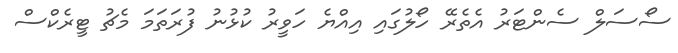
ސޯސަލް ސެންޓަރު އެތެރޭ ހޯލުގައި އިއްޔެ ހަވީރު ކުޅުނު ފުރަތަމަ މެޗު ޓީރެކްސް